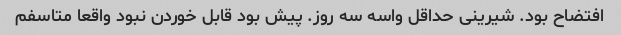
افتضاح بود. شیرینی حداقل واسه سه روز. پیش بود قابل خوردن نبود واقعا متاسفم